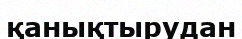
қанықтырудан